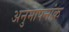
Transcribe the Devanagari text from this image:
अनुमापनांक